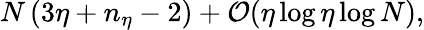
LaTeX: N\left(3\eta+n_{\eta}-2\right)+\mathcal{O}(\eta\log\eta\log N),